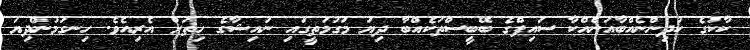
ކާކުގެ ކުދިންނެއްބާއަނެއްކާ ސައިފްގެ ބޭބީސްތަކެއްބާ ދިޔަ މަގުމަތީގައި ނައިޝާގެ ހިތަށް އެރިއެވެ. ހިނގަމުންދިޔަ